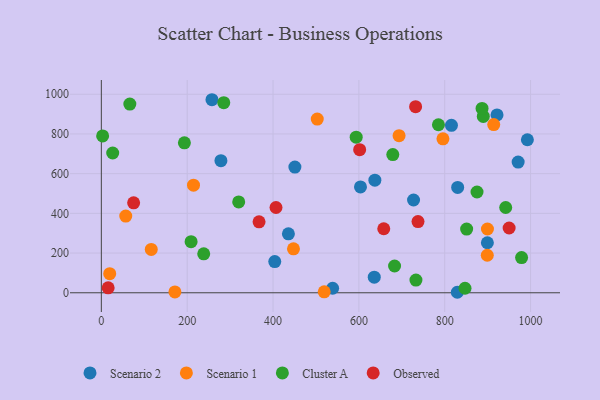
{"axis": {"x": "Study Hours", "y": "Fuel Efficiency"}, "legend": ["Cluster A", "Observed", "Scenario 1", "Scenario 2"], "data": [{"x": "815.6", "y": 843.4, "type": "Scenario 2"}, {"x": "435.8", "y": 297.0, "type": "Scenario 2"}, {"x": "450.9", "y": 633.0, "type": "Scenario 2"}, {"x": "603.7", "y": 533.1, "type": "Scenario 2"}, {"x": "278.6", "y": 665.3, "type": "Scenario 2"}, {"x": "257.7", "y": 972.4, "type": "Scenario 2"}, {"x": "727.3", "y": 467.2, "type": "Scenario 2"}, {"x": "829.3", "y": 2.5, "type": "Scenario 2"}, {"x": "538.8", "y": 22.9, "type": "Scenario 2"}, {"x": "404.0", "y": 157.0, "type": "Scenario 2"}, {"x": "921.8", "y": 895.8, "type": "Scenario 2"}, {"x": "992.5", "y": 770.9, "type": "Scenario 2"}, {"x": "637.2", "y": 567.0, "type": "Scenario 2"}, {"x": "971.0", "y": 658.4, "type": "Scenario 2"}, {"x": "635.8", "y": 78.5, "type": "Scenario 2"}, {"x": "830.1", "y": 530.4, "type": "Scenario 2"}, {"x": "899.3", "y": 251.9, "type": "Scenario 2"}, {"x": "503.0", "y": 874.8, "type": "Scenario 1"}, {"x": "795.8", "y": 775.4, "type": "Scenario 1"}, {"x": "519.2", "y": 4.6, "type": "Scenario 1"}, {"x": "116.3", "y": 218.2, "type": "Scenario 1"}, {"x": "914.1", "y": 847.1, "type": "Scenario 1"}, {"x": "693.6", "y": 791.3, "type": "Scenario 1"}, {"x": "447.6", "y": 221.2, "type": "Scenario 1"}, {"x": "899.1", "y": 189.0, "type": "Scenario 1"}, {"x": "171.4", "y": 4.1, "type": "Scenario 1"}, {"x": "214.7", "y": 542.1, "type": "Scenario 1"}, {"x": "19.5", "y": 96.4, "type": "Scenario 1"}, {"x": "56.9", "y": 386.1, "type": "Scenario 1"}, {"x": "899.5", "y": 321.1, "type": "Scenario 1"}, {"x": "320.0", "y": 457.5, "type": "Cluster A"}, {"x": "3.0", "y": 790.2, "type": "Cluster A"}, {"x": "889.8", "y": 888.3, "type": "Cluster A"}, {"x": "847.2", "y": 22.7, "type": "Cluster A"}, {"x": "679.0", "y": 696.3, "type": "Cluster A"}, {"x": "875.2", "y": 507.5, "type": "Cluster A"}, {"x": "942.0", "y": 429.4, "type": "Cluster A"}, {"x": "285.2", "y": 957.3, "type": "Cluster A"}, {"x": "683.1", "y": 134.8, "type": "Cluster A"}, {"x": "66.4", "y": 950.6, "type": "Cluster A"}, {"x": "979.0", "y": 177.4, "type": "Cluster A"}, {"x": "26.5", "y": 704.0, "type": "Cluster A"}, {"x": "785.3", "y": 846.3, "type": "Cluster A"}, {"x": "732.9", "y": 63.9, "type": "Cluster A"}, {"x": "238.5", "y": 196.0, "type": "Cluster A"}, {"x": "886.9", "y": 928.5, "type": "Cluster A"}, {"x": "193.5", "y": 755.5, "type": "Cluster A"}, {"x": "209.1", "y": 257.5, "type": "Cluster A"}, {"x": "851.0", "y": 320.9, "type": "Cluster A"}, {"x": "593.7", "y": 783.8, "type": "Cluster A"}, {"x": "367.4", "y": 357.2, "type": "Observed"}, {"x": "657.9", "y": 322.6, "type": "Observed"}, {"x": "732.1", "y": 937.4, "type": "Observed"}, {"x": "15.9", "y": 24.7, "type": "Observed"}, {"x": "950.0", "y": 326.3, "type": "Observed"}, {"x": "75.2", "y": 453.3, "type": "Observed"}, {"x": "601.8", "y": 720.6, "type": "Observed"}, {"x": "406.9", "y": 429.6, "type": "Observed"}, {"x": "737.7", "y": 358.7, "type": "Observed"}]}